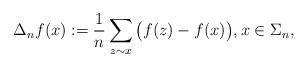
LaTeX: \begin{align*}\Delta_n f(x):=\frac{1}{n}\sum_{z\sim x}\big(f(z)-f(x)\big),x\in\Sigma_n,\end{align*}